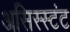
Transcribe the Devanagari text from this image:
असिस्स्टंट